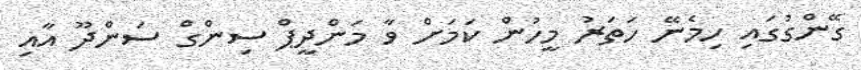
ގޭންގުގައި ހިމެނޭ ހަތަރު މީހުން ކަމަށް ވާ މަންދީޕް ސިންގް ސަންދޫ އާއި